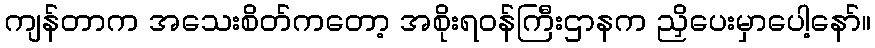
ကျန်တာက အသေးစိတ်ကတော့ အစိုးရဝန်ကြီးဌာနက ညှိပေးမှာပေါ့နော်။